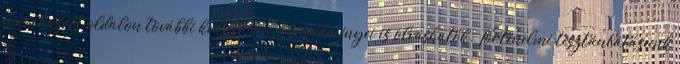
hivatkozott oldalon további kutatásainak eredményei is olvashatók. Történelmi tisztánlátásunk